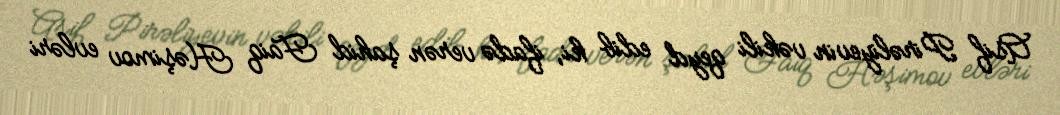
Asif Pirəliyevin vəkili qeyd edib ki, ifadə verən şahid Faiq Həşimov evləri